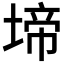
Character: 𭏅